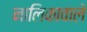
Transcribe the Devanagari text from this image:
नालिकावाले